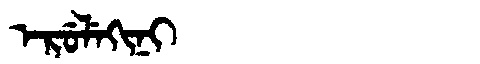
Manchu: ᡝᡵᡠᠯᡝᡴᡳᠨᡳ
Romanization: ERULEKINI